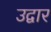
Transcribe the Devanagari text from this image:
उद्वार